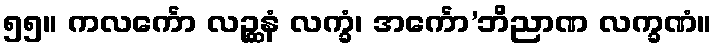
၅၅။ ကလင်္ကော လဉ္ဆနံ လက္ခံ၊ အင်္ကော’ဘိညာဏ လက္ခဏံ။